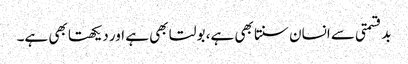
بدقسمتی سے انسان سنتا بھی ہے، بولتا بھی ہے اور دیکھتا بھی ہے۔